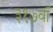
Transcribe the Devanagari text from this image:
३१७वॉ